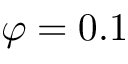
\varphi = 0 . 1